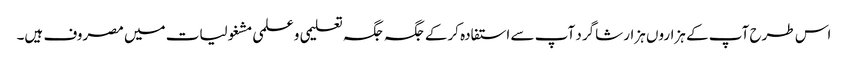
اس طرح آپ کے ہزاروں ہزار شاگرد آپ سے استفادہ کرکے جگہ جگہ تعلیمی وعلمی مشغولیات میں مصروف ہیں۔